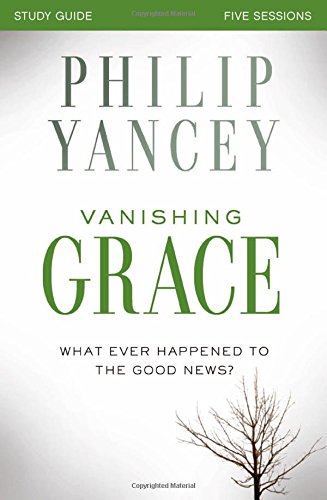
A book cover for Vanishing Grace Study Guide: Whatever Happened to the Good News?; Philip Yancey; Christian Books & Bibles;